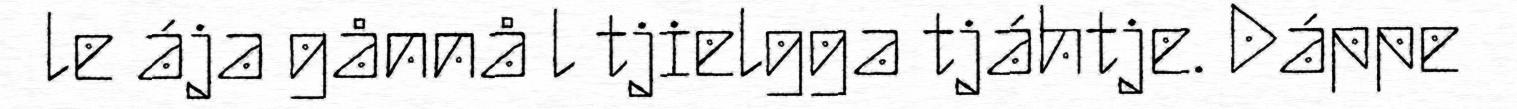
le ája gånnå l tjielgga tjáhtje. Dáppe